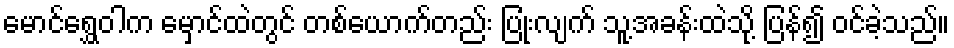
မောင်ရွှေဝါက မှောင်ထဲတွင် တစ်ယောက်တည်း ပြုံးလျက် သူ့အခန်းထဲသို့ ပြန်၍ ဝင်ခဲ့သည်။